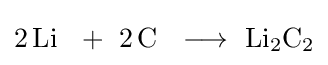
{2\,\mathrm {Li} ~\ {}+{}\ 2\,\mathrm {C} ~\ \longrightarrow \ \mathrm {Li} {\vphantom {A}}_{\smash[{t}]{2}}\mathrm {C} {\vphantom {A}}_{\smash[{t}]{2}}}